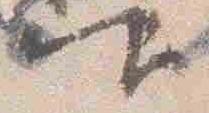
仰